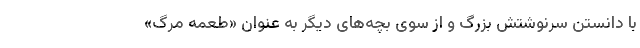
با دانستن سرنوشتش بزرگ و از سوی بچه‌های دیگر به عنوان «طعمه مرگ»